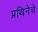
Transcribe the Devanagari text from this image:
प्रथिनेचे